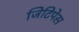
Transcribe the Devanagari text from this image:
जिटिपेस